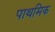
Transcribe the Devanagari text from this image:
पाथमिक